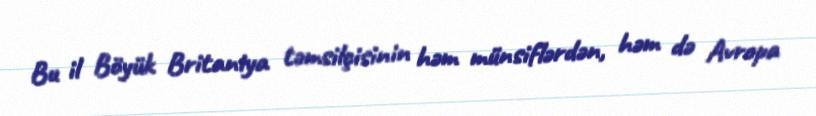
Bu il Böyük Britaniya təmsilçisinin həm münsiflərdən, həm də Avropa